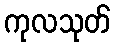
ကုလသုတ်